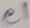
Text: e1